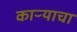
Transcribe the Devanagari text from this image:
काऱ्याचा